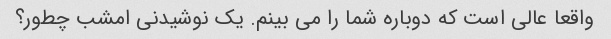
واقعا عالی است که دوباره شما را می بینم. یک نوشیدنی امشب چطور؟